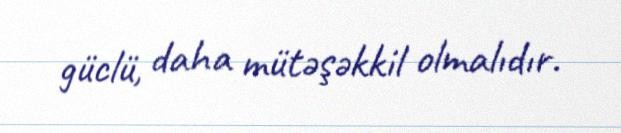
güclü, daha mütəşəkkil olmalıdır.